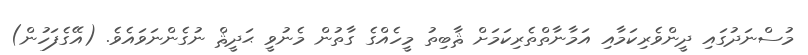
މުސްނަދުގައި ދީންވެރިކަމާއި އަމާނާތްތެރިކަމަށް ޘާބިތު މީހެއްގެ ގާތުން މެނުވީ ޙަދީޘް ނުގެންނަވައެވެ. (އޭގެފަހުން)